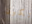
تكون